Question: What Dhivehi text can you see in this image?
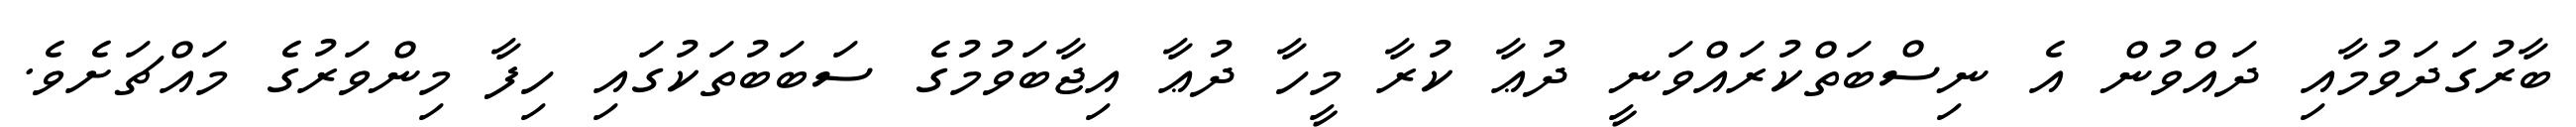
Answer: ބާރުގަދަވުމާއި ދައްވުން އެ ނިސްބަތްކުރައްވަނީ ދުޢާ ކުރާ މީހާ ދުޢާ އިޖާބަވުމުގެ ސަބަބުތަކުގައި ހިފާ މިންވަރުގެ މައްޗަށެވެ.